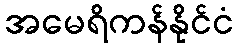
အမေရိကန်နိုင်ငံ